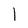
Character: 1